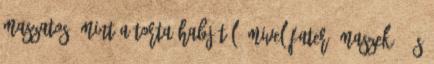
maszatos, mint a torta habjától. Mivel fater maszek, és